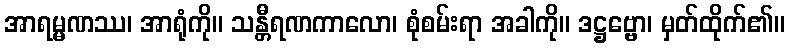
အာရမ္မဏဿ၊ အာရုံကို။ သန္တီရဏကာလော၊ စုံစမ်းရာ အခါကို။ ဒဋ္ဌဗ္ဗော၊ မှတ်ထိုက်၏။